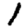
Digit: 1